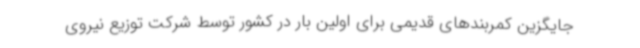
جایگزین کمربندهای قدیمی برای اولین بار در کشور توسط شرکت توزیع نیروی